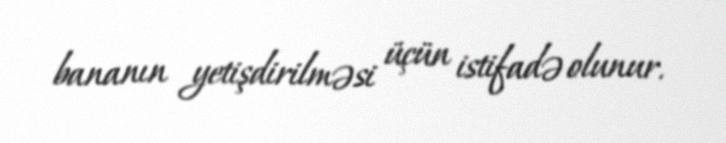
bananın yetişdirilməsi üçün istifadə olunur.